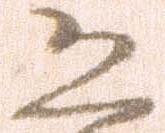
恐